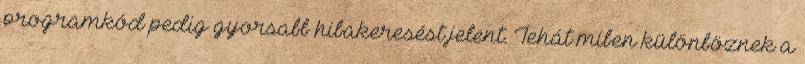
programkód pedig gyorsabb hibakeresést jelent. Tehát miben különböznek a